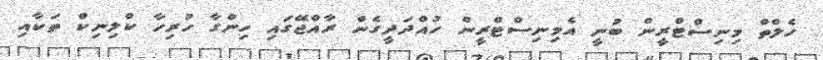
ހެލްތް މިނިސްޓްރީން ބުނީ އެމިނިސްޓްރީން ހުއްދަދީގެން ރާއްޖޭގައި ހިންގާ ހުރިހާ ކްލިނިކް ތަކާއި